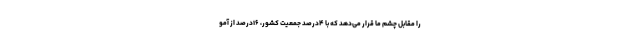
را مقابل چشم ما قرار می‌دهد که با ۴درصد جمعیت کشور، ۱۶درصد از آمو